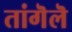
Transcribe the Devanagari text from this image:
तांगॆलॆ